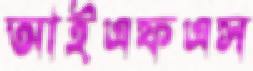
আইএফএস